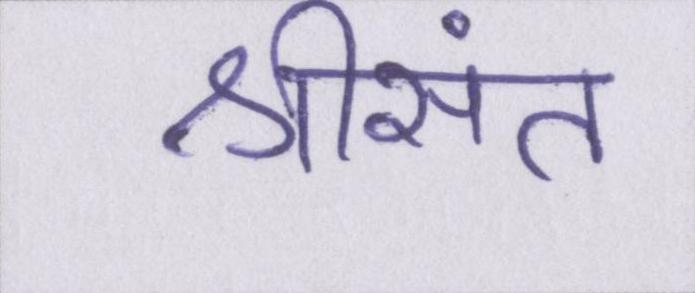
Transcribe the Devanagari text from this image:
श्रीसंत